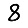
Digit: 8